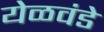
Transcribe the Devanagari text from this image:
येळवंडे